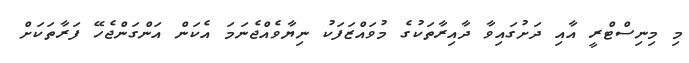
މި މިނިސްޓްރީ އާއި ދަށުގައިވާ ދާއިރާތަކުގެ މުވައްޒަފަކު ނިޔާވެއްޖެނަމަ އެކަން އަންގަންޖެހޭ ފަރާތަކަށް